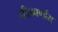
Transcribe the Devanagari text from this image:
नीलवर्णाय